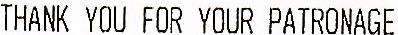
THANK YOU FOR YOUR PATRONAGE